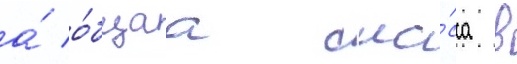
а́ о́бщаа ма́сса в